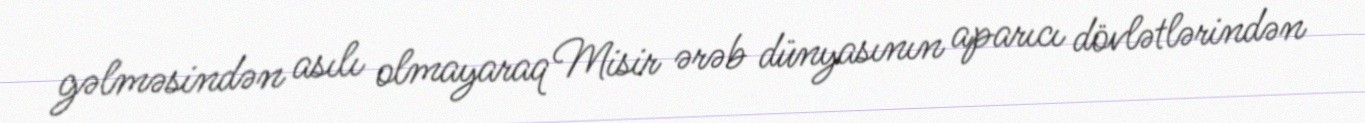
gəlməsindən asılı olmayaraq Misir ərəb dünyasının aparıcı dövlətlərindən